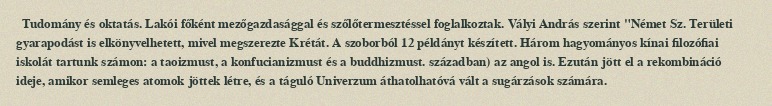
Tudomány és oktatás. Lakói főként mezőgazdasággal és szőlőtermesztéssel foglalkoztak. Vályi András szerint "Német Sz. Területi gyarapodást is elkönyvelhetett, mivel megszerezte Krétát. A szoborból 12 példányt készített. Három hagyományos kínai filozófiai iskolát tartunk számon: a taoizmust, a konfucianizmust és a buddhizmust. században) az angol is. Ezután jött el a rekombináció ideje, amikor semleges atomok jöttek létre, és a táguló Univerzum áthatolhatóvá vált a sugárzások számára.